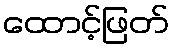
ထောင့်ဖြတ်